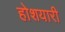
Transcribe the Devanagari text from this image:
होशयारी